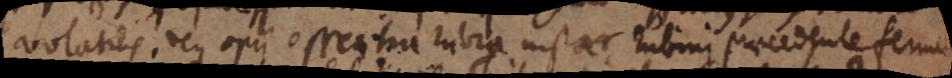
volatilis. Deque opii essentia rubra instar rubini praecedente fermen-